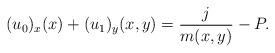
LaTeX: \begin{align*} (u_0 )_x(x )+ (u_1 )_y(x,y )=\frac{j}{m (x,y )}-P. \end{align*}